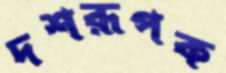
দশরূপক